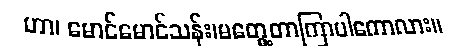
ဟာ၊ မောင်မောင်သန်း၊မတွေ့တာကြာပါကောလား။